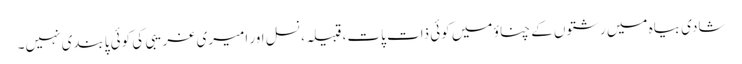
شادی بیاہ میں رشتوں کے چناؤ میں کوئی ذات پات، قبیلہ، نسل اور امیری غریبی کی کوئی پابندی نہیں۔